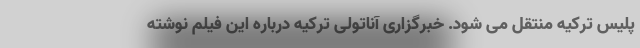
پلیس ترکیه منتقل می شود. خبرگزاری آناتولی ترکیه درباره این فیلم نوشته